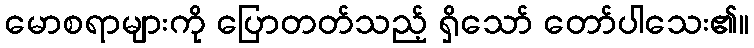
မောစရာများကို ပြောတတ်သည့် ရှိသော် တော်ပါသေး၏။